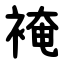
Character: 裺